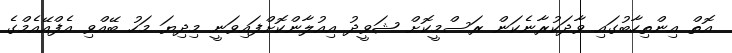
އޮތް އިންތިހާބުގައި ވާދަކުރާނެކަން ރަސްމީކޮށް ޝަވީދު އިއުލާންކޮށްފައިވަނީ މިދިޔަ މަހު ބޭއްވި އެފްއޭއެމްގެ